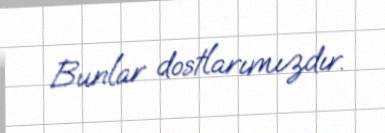
Bunlar dostlarımızdır.